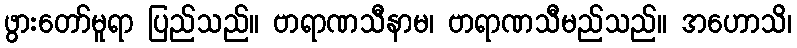
ဖွားတော်မူရာ ပြည်သည်။ ဗာရာဏသီနာမ၊ ဗာရာဏသီမည်သည်။ အဟောသိ၊